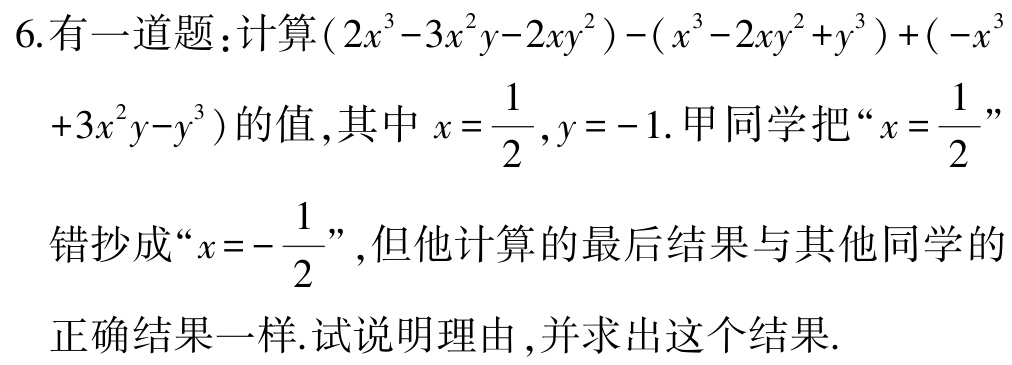
6. 有一道题：计算\((2x^{3}-3x^{2}y - 2xy^{2})-(x^{3}-2xy^{2}+y^{3})+(-x^{3}+3x^{2}y - y^{3})\)的值，其中\(x = \frac{1}{2},y = - 1\). 甲同学把“\(x = \frac{1}{2}\)”错抄成“\(x = - \frac{1}{2}\)”，但他计算的最后结果与其他同学的正确结果一样. 试说明理由，并求出这个结果.